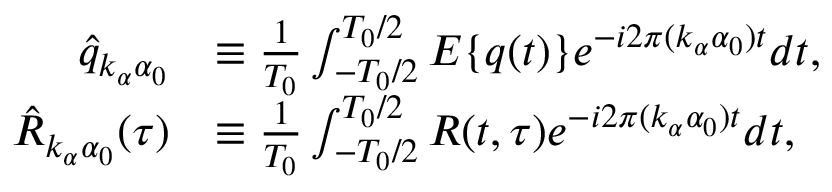
\begin{array} { r l } { \hat { q } _ { k _ { \alpha } \alpha _ { 0 } } } & { \equiv \frac { 1 } { T _ { 0 } } \int _ { - T _ { 0 } / 2 } ^ { T _ { 0 } / 2 } E \{ q ( t ) \} e ^ { - i 2 \pi ( k _ { \alpha } \alpha _ { 0 } ) t } d t , } \\ { \hat { R } _ { k _ { \alpha } \alpha _ { 0 } } ( \tau ) } & { \equiv \frac { 1 } { T _ { 0 } } \int _ { - T _ { 0 } / 2 } ^ { T _ { 0 } / 2 } R ( t , \tau ) e ^ { - i 2 \pi ( k _ { \alpha } \alpha _ { 0 } ) t } d t , } \end{array}